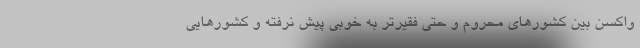
واکسن بین کشورهای محروم و حتی فقیرتر به خوبی پیش نرفته و کشورهایی